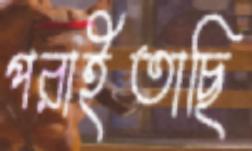
পরাইতাছি